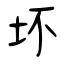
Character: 坏